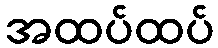
အထပ်ထပ်